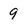
Character: 9